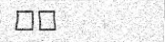
٢٩